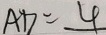
A D = 4